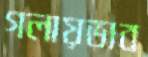
গলায়ভাব